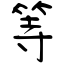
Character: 等